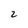
Character: 2